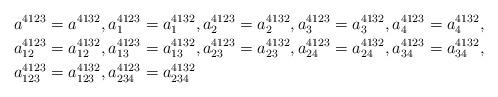
LaTeX: \begin{align*}a^{4123} & =a^{4132},a_{1}^{4123}=a_{1}^{4132},a_{2}^{4123}=a_{2}^{4132},a_{3}^{4123}=a_{3}^{4132},a_{4}^{4123}=a_{4}^{4132},\\a_{12}^{4123} & =a_{12}^{4132},a_{13}^{4123}=a_{13}^{4132},a_{23}^{4123}=a_{23}^{4132},a_{24}^{4123}=a_{24}^{4132},a_{34}^{4123}=a_{34}^{4132},\\a_{123}^{4123} & =a_{123}^{4132},a_{234}^{4123}=a_{234}^{4132}\end{align*}